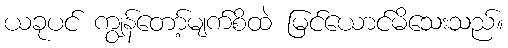
ယခုပင် ကျွန်တော့်မျက်စိထဲ မြင်ယောင်မိသေးသည်။